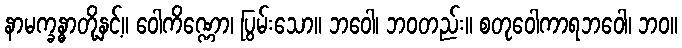
နာမက္ခန္ဓာတို့နှင့်။ ဝေါကိဏ္ဏော၊ ပြွမ်းသော။ ဘဝေါ၊ ဘဝတည်း။ စတုဝေါကာရဘဝေါ၊ ဘဝ။